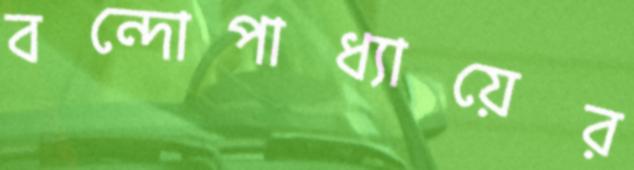
বন্দোপাধ্যায়ের